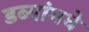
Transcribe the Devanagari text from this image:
डब्यांमधे